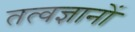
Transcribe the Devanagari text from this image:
तत्वज्ञानों